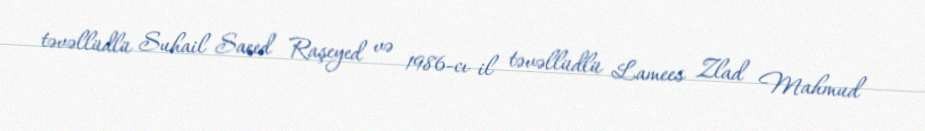
təvəllüdlü Suhail Saeed Raşeyed və 1986-cı il təvəllüdlü Lamees Zlad Mahmud